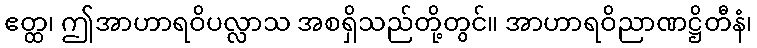
ဧတ္ထ၊ ဤအာဟာရဝိပလ္လာသ အစရှိသည်တို့တွင်။ အာဟာရဝိညာဏဋ္ဌိတီနံ၊